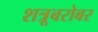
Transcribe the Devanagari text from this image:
शत्रूबरोबर